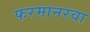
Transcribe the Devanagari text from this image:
फरमानरवा